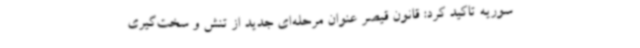
سوریه تاکید کرد: قانون قیصر عنوان مرحله‌ای جدید از تنش و سخت‌گیری